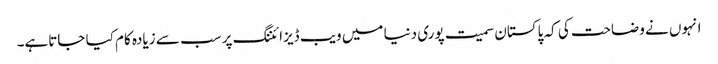
انہوں نے وضاحت کی کہ پاکستان سمیت پوری دنیا میں ویب ڈیزائننگ پر سب سے زیادہ کام کیا جاتاہے۔